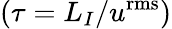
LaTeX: (\tau=L_{I}/u^{\mathrm{rms}})